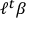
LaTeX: \ell ^ { t } \beta